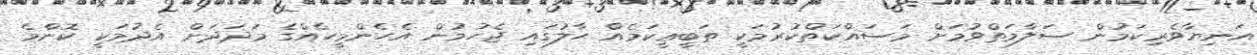
އަނިޔާވެރިކަމުން ސަލާމަތްވުމަށް މަސައްކަތްކުރުމަކީ ތަބީޢީކަމެއް ޙާލުގައި ޖެހުމުން އެހެންމީހެއްގެ މަދަދަށް އެދުމަކީ ކޮންމެ